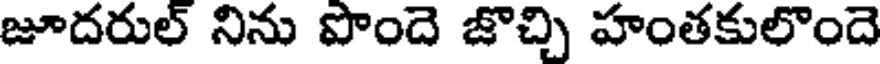
జూదరుల్ నిను పొందె జొచ్చి హంతకులొందె